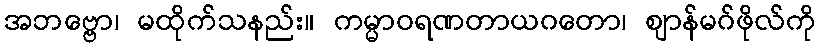
အဘဗ္ဗော၊ မထိုက်သနည်း။ ကမ္မာဝရဏတာယဂတော၊ ဈာန်မဂ်ဖိုလ်ကို